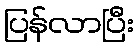
ပြန်လာပြီး